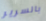
بالسرير